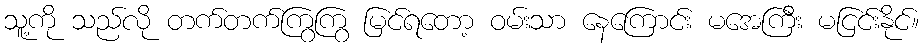
သူ့ကို သည်လို တက်တက်ကြွကြွ မြင်ရတော့ ဝမ်းသာ နေကြောင်း မအေကြီး မငြင်းနိုင်။